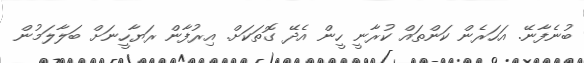
ބުނެފާނޭ. އަހަރެން ކަންތައް ކުރާނީ ހީން އެދޭ ގޮތަކަށް. އިރުފާން ރަޔާހީނަށް ބަލާލަމުން